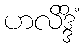
ဟလိဒ္ဒိံ